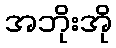
အဘိုးအို